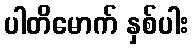
ပါတိမောက် နှစ်ပါး